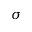
\sigma